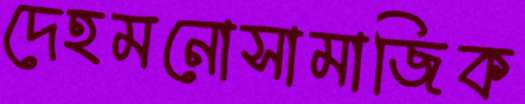
দেহমনোসামাজিক